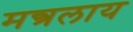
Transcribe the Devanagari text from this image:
मन्त्रलाय